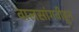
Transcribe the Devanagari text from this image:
वालसांगवीहून